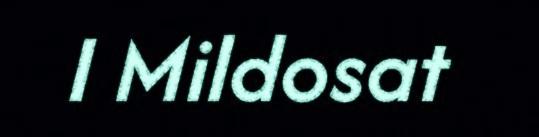
I Mildosat